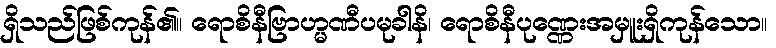
ရှိသည်ဖြစ်ကုန်၏။ ရောစိနီဗြာဟ္မဏီပမုခါနိ၊ ရောစိနီပုဏ္ဏေးအမှူးရှိကုန်သော။